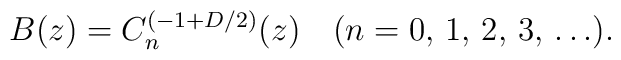
B(z)= C_n ^{(-1+D/2)} (z) \quad (n=0,\,1,\,2,\,3,\,\ldots).